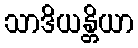
သာဒိယန္တိယာ